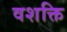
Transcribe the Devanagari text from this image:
वशक्ति